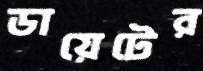
ডায়েটের